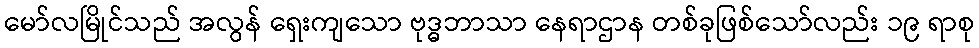
မော်လမြိုင်သည် အလွန် ရှေးကျသော ဗုဒ္ဓဘာသာ နေရာဌာန တစ်ခုဖြစ်သော်လည်း ၁၉ ရာစု